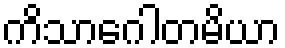
ကိသာဂေါတမိယာ